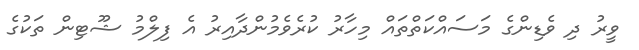
ވީރު ދި ވެޑިންގެ މަސައްކަތްތައް މިހާރު ކުރެވެމުންދާއިރު އެ ފިލްމު ޝޫޓިން ތަކުގެ